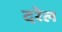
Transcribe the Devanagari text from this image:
दरेल